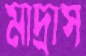
মাদ্রাস